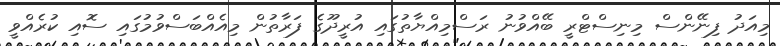
މިއަދު ފިނޭންސް މިނިސްޓްރީ ބޭއްވުނު ރަސްމިއްޔާތުގައި އުރީދޫގެ ފަރާތުން މިއެއްބަސްވުމުގައި ސޮއި ކުރެއްވީ